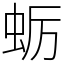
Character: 蛎